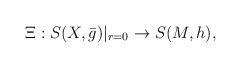
LaTeX: \begin{align*} \Xi: S(X,\bar{g})|_{r=0}\to S(M,h), \end{align*}